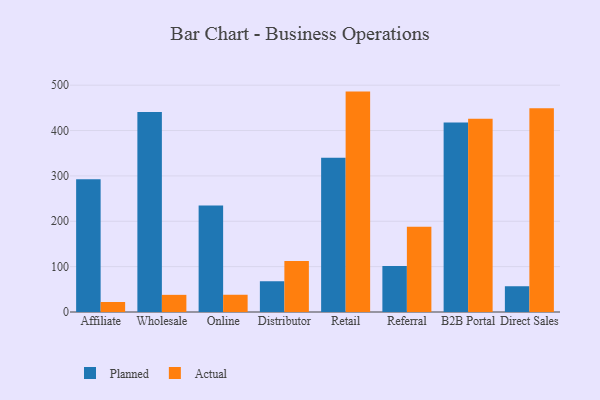
{"axis": {"x": "Channel", "y": "Energy Usage (MWh)"}, "legend": ["Actual", "Planned"], "data": [{"x": "Affiliate", "y": 292.6, "type": "Planned"}, {"x": "Affiliate", "y": 22.1, "type": "Actual"}, {"x": "Wholesale", "y": 441.2, "type": "Planned"}, {"x": "Wholesale", "y": 37.8, "type": "Actual"}, {"x": "Online", "y": 234.7, "type": "Planned"}, {"x": "Online", "y": 38.0, "type": "Actual"}, {"x": "Distributor", "y": 67.8, "type": "Planned"}, {"x": "Distributor", "y": 112.2, "type": "Actual"}, {"x": "Retail", "y": 340.2, "type": "Planned"}, {"x": "Retail", "y": 485.9, "type": "Actual"}, {"x": "Referral", "y": 101.5, "type": "Planned"}, {"x": "Referral", "y": 187.9, "type": "Actual"}, {"x": "B2B Portal", "y": 418.0, "type": "Planned"}, {"x": "B2B Portal", "y": 426.2, "type": "Actual"}, {"x": "Direct Sales", "y": 56.8, "type": "Planned"}, {"x": "Direct Sales", "y": 449.1, "type": "Actual"}]}